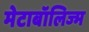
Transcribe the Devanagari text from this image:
मेटाबॉलिज्म